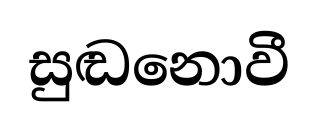
සුඬනොවී